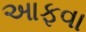
આફવા